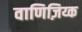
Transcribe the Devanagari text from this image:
वाणिज़िय्क